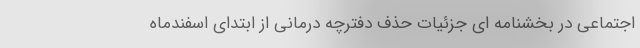
اجتماعی در بخشنامه ای جزئیات حذف دفترچه درمانی از ابتدای اسفندماه